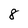
Character: 8